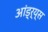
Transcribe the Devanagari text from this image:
आंड्र्य्स